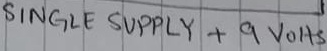
Text: SINGLE SUPPLY +9VOLTS